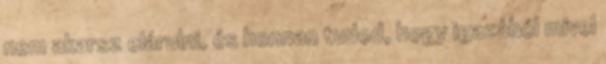
nem akarsz elárulni, és honnan tudod, hogy igazából mivel